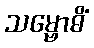
သမ္ဗောဓိံ